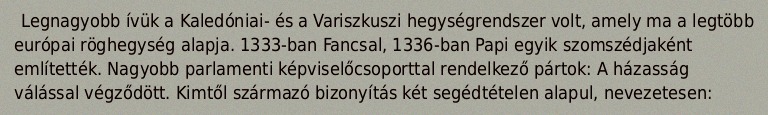
Legnagyobb ívük a Kaledóniai- és a Variszkuszi hegységrendszer volt, amely ma a legtöbb európai röghegység alapja. 1333-ban Fancsal, 1336-ban Papi egyik szomszédjaként említették. Nagyobb parlamenti képviselőcsoporttal rendelkező pártok: A házasság válással végződött. Kimtől származó bizonyítás két segédtételen alapul, nevezetesen: